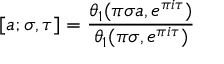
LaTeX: [ a ; \sigma , \tau ] = { \frac { \theta _ { 1 } ( \pi \sigma a , e ^ { \pi i \tau } ) } { \theta _ { 1 } ( \pi \sigma , e ^ { \pi i \tau } ) } }